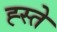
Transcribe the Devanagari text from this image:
ह्स्ते